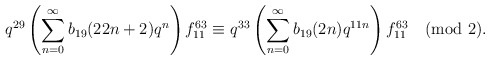
\begin{align*}q^{29}\left(\sum_{n=0}^{\infty}b_{19}(22n+2)q^{n}\right)f^{63}_{11}\equiv q^{33}\left(\sum_{n=0}^{\infty}b_{19}(2n)q^{11n}\right)f^{63}_{11}\pmod 2.\end{align*}